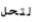
لتحل